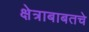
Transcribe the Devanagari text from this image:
क्षेत्राबाबतचे